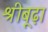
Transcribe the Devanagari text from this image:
श्रीबूढ़ा